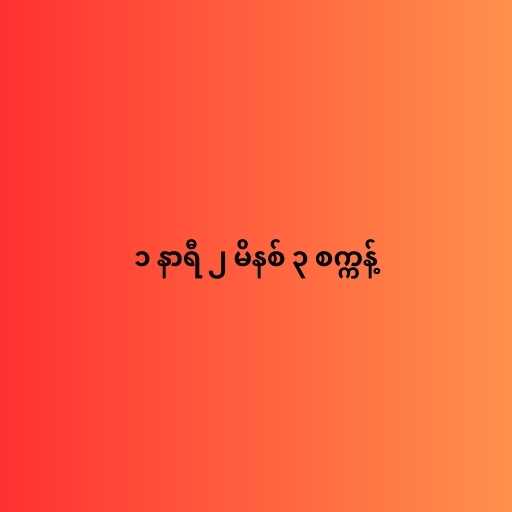
၁ နာရီ ၂ မိနစ် ၃ စက္ကန့်